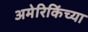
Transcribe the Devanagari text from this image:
अमेरिकिंच्या